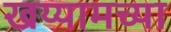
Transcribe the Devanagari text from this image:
खय्यामच्या